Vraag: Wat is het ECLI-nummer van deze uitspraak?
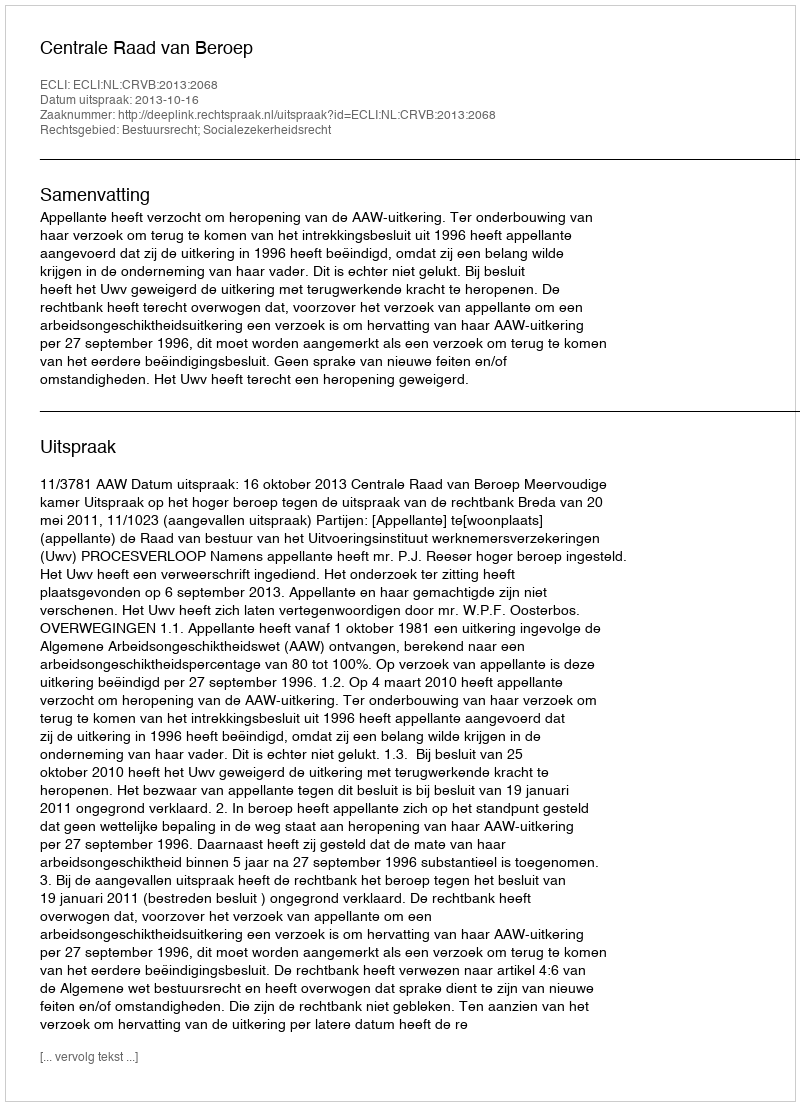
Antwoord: ECLI:NL:CRVB:2013:2068